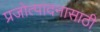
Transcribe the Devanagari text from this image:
प्रजोत्पादनासाठी